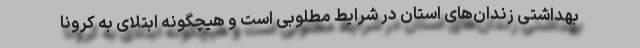
بهداشتی زندان‌های استان در شرایط مطلوبی است و هیچگونه ابتلای به کرونا